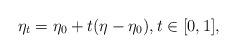
LaTeX: \begin{align*}\eta_t=\eta_0+t(\eta-\eta_0), t\in[0,1],\end{align*}